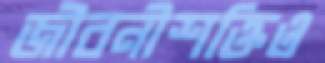
জীবনীশক্তিও